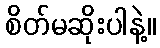
စိတ်မဆိုးပါနဲ့။